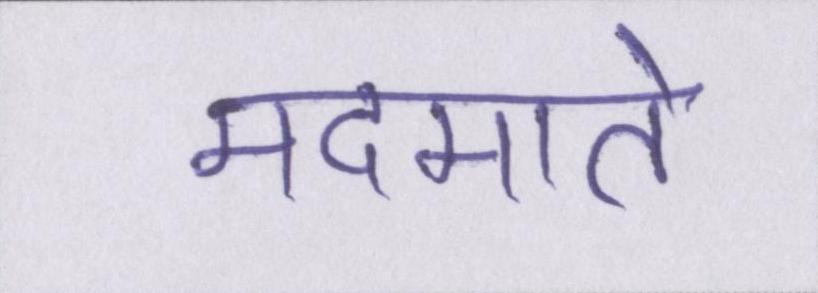
मदमाते